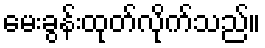
မေးခွန်းထုတ်လိုက်သည်။